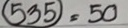
535 = 50